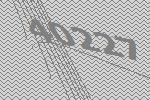
40227